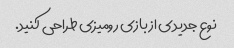
نوع جدیدی از بازی رومیزی طراحی کنید.